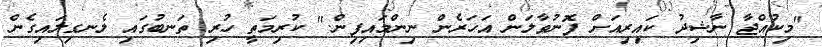
"މިކުއްޖާ ނާޝިދު ކައިރިއަށް ފޮނުވާލަން އަހަރެން ނިންމައިފިން." ކުރިމަތީ ހުރި ތަނބުގައި ލެނގިލައިގެން